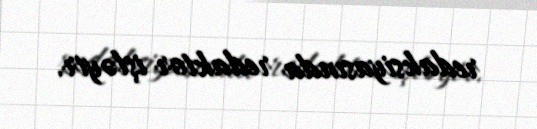
redaksiyasında redaktor işləyir.